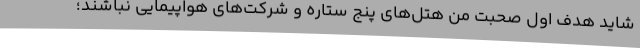
شاید هدف اول صحبت من هتل‌های پنج ستاره و شرکت‌های هواپیمایی نباشند؛